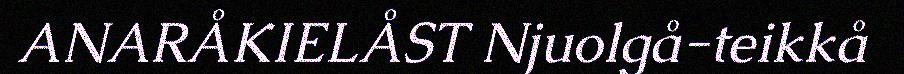
ANARÅKIELÅST Njuolgå-teikkå